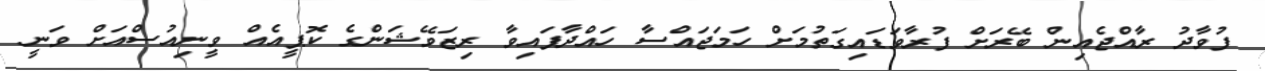
ފުވާދު ރާއްޖެއިން ބޭރަށް ފުރާވަޑައިގަތުމަށް ހަމަޖައްސާ ހައްދާފައިވާ ރިޒަވޭޝަންގެ ކޮޕީއެއް ވީނިއުސްއަށް ވަނީ